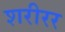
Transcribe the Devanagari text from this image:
शरीरर